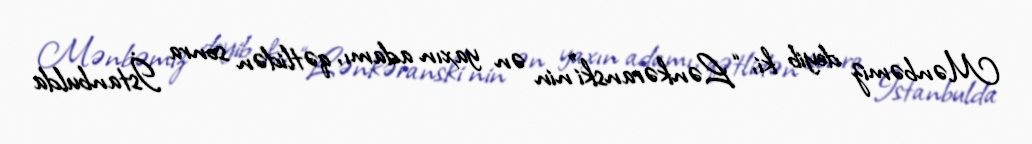
Mənbəmiz deyib ki, “Lənkəranski”nin ən yaxın adamı, qətlidən sonra İstanbulda